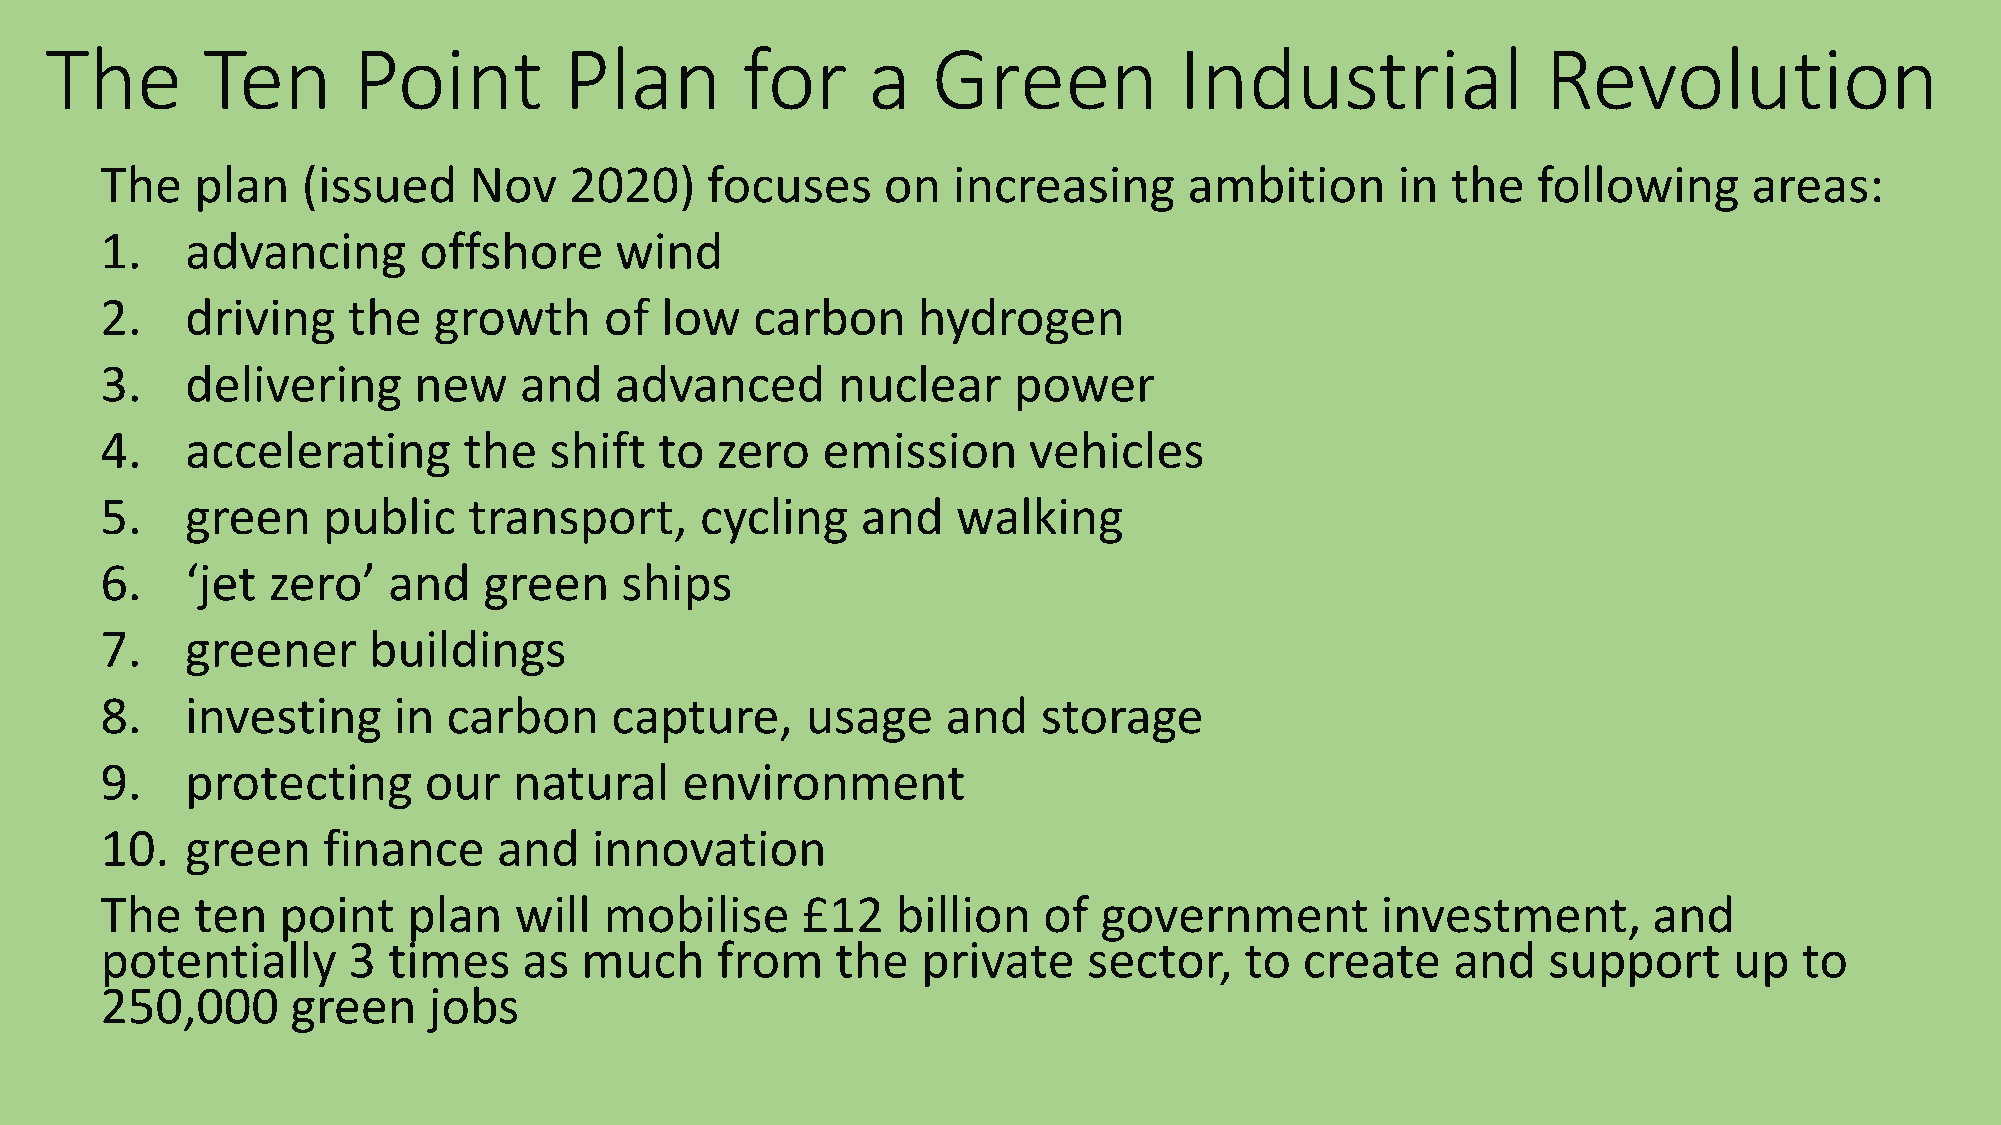
The       Ten       Point         Plan        for     a    Green           Industrial              Revolution
 The   plan   (issued    Nov    2020)    focuses    on   increasing      ambition     in  the   following     areas:
 1.   advancing       offshore     wind
 2.   driving    the   growth     of  low   carbon     hydrogen
 3.   delivering     new    and    advanced      nuclear     power
 4.   accelerating       the  shift   to zero   emission      vehicles
 5.   green    public    transport,     cycling    and   walking
 6.   ‘jet  zero’   and   green    ships
 7.   greener     buildings
 8.   investing     in  carbon    capture,     usage     and   storage
 9.   protecting      our   natural    environment
 10.  green    finance     and   innovation
 The   ten  point    plan   will  mobilise     £12   billion   of  government        investment,       and
 potentially     3  times    as much     from    the   private    sector,   to  create    and   support      up  to
 250,000     green    jobs